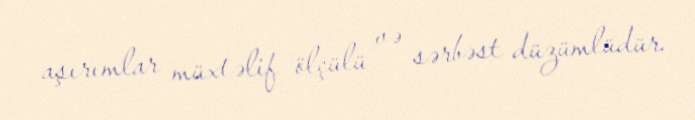
aşırımlar müxtəlif ölçülü və sərbəst düzümlüdür.